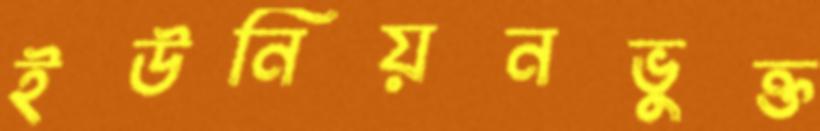
ইউনিয়নভুক্ত